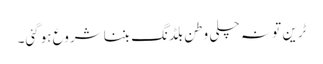
ٹرین تو نہ چلی وطن بلڈنگ بننا شروع ہوگئی۔